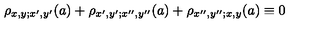
\rho _ { x , y ; x ^ { \prime } , y ^ { \prime } } ( a ) + \rho _ { x ^ { \prime } , y ^ { \prime } ; x ^ { \prime \prime } , y ^ { \prime \prime } } ( a ) + \rho _ { x ^ { \prime \prime } , y ^ { \prime \prime } ; x , y } ( a ) \equiv 0